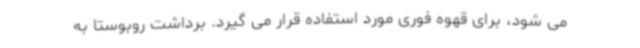
می شود، برای قهوه فوری مورد استفاده قرار می گیرد. برداشت روبوستا به